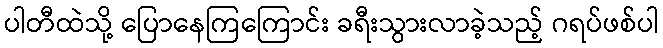
ပါတီထဲသို့ ပြောနေကြကြောင်း ခရီးသွားလာခဲ့သည့် ဂရပ်ဖစ်ပါ